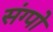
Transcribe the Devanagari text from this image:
संग्पो